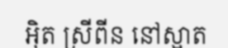
អ៊ិត ស្រីពីន នៅស្អាត